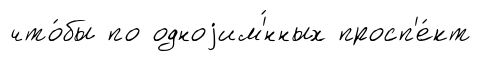
что́бы по одноjим'́нных просп'е́кт